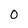
Character: 0